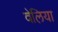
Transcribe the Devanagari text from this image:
वेलिया